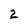
Character: 2